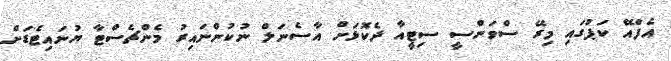
އެފްއޭ ކަޕުގައި މިރޭ ސްވަންސީ ސިޓީއާ ދެކޮޅަށް އާސެނަލް ނުކުންނައިރު މެންޗެސްޓާ ޔުނައިޓެޑަށް